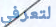
لتعرفي